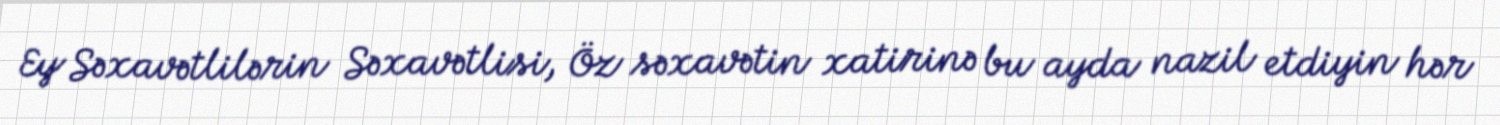
Ey Səxavətlilərin Səxavətlisi, Öz səxavətin xatirinə bu ayda nazil etdiyin hər